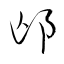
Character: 邙